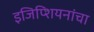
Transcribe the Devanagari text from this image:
इजिप्शियनांचा